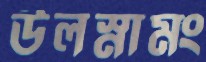
উলস্নামং